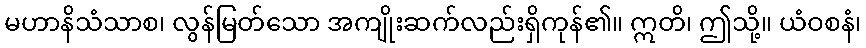
မဟာနိသံသာစ၊ လွန်မြတ်သော အကျိုးဆက်လည်းရှိကုန်၏။ ဣတိ၊ ဤသို့။ ယံဝစနံ၊